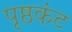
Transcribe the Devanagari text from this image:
पृष्ठकंट